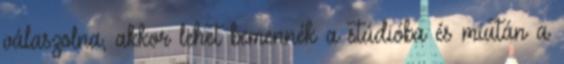
válaszolna, akkor lehet bemennék a stúdióba és miután a